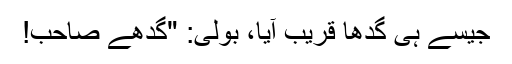
جیسے ہی گدھا قریب آیا، بولی: "گدھے صاحب!